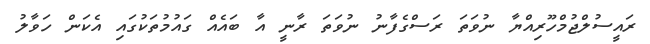
ރައީސުލްޖުމްހޫރިއްޔާ ނުވަތަ ރަސްގެފާނު ނުވަތަ ރާނީ އާ ބައެއް ގައުމުތަކުގައި އެކަން ހަވާލު